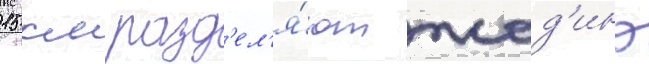
15 км разд'ел'я́ют жод'ино